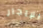
للإيجار